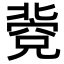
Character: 𥧐